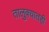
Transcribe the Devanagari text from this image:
तालुक्‍यातही